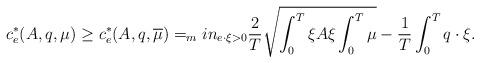
LaTeX: \begin{align*} c^{*}_e(A,q,\mu)\geq c^{*}_e(A,q,\overline{\mu})=_min_{e\cdot \xi>0}\frac{2}{T}\sqrt{\int_{0}^{T}\xi A \xi\int_{0}^{T}\mu}-\frac{1}{T}\int_{0}^{T}q\cdot \xi.\end{align*}